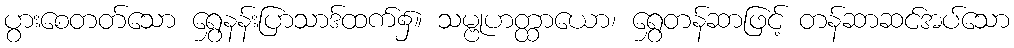
ပွားစေတတ်သော ရွှေနန်းပြာသာဒ်ထက်၌။ သမ္ဗုဟတ္ထာယော၊ ရွှေတန်ဆာဖြင့် တန်ဆာဆင်အပ်သော